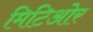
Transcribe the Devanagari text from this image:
मिटिओर